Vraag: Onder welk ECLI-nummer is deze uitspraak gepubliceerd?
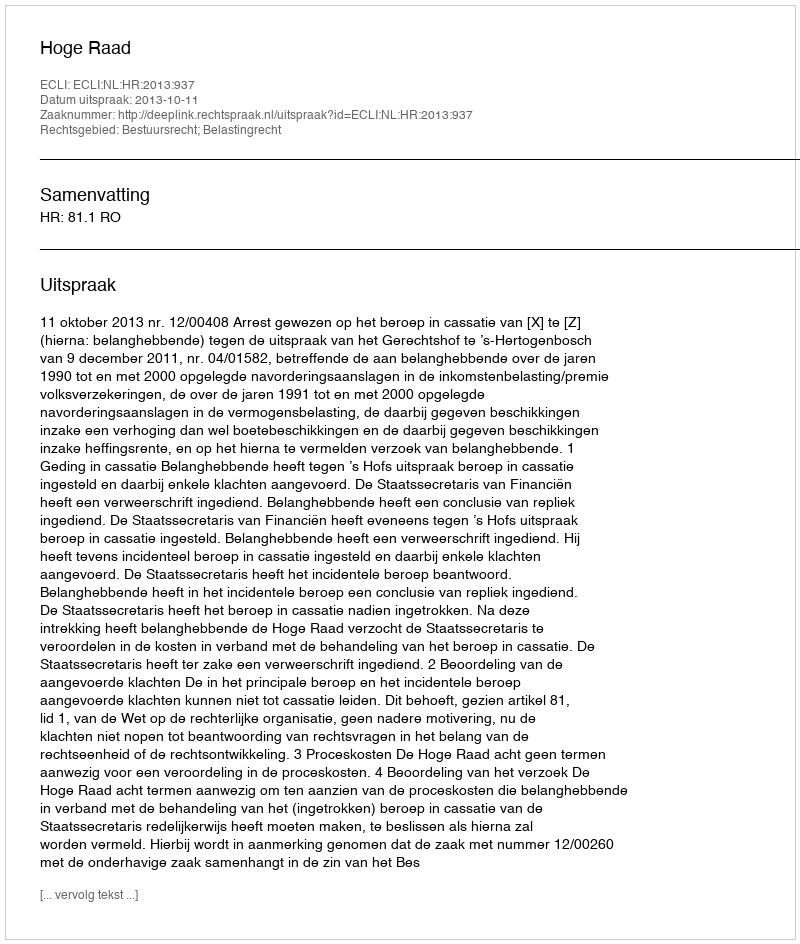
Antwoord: ECLI:NL:HR:2013:937